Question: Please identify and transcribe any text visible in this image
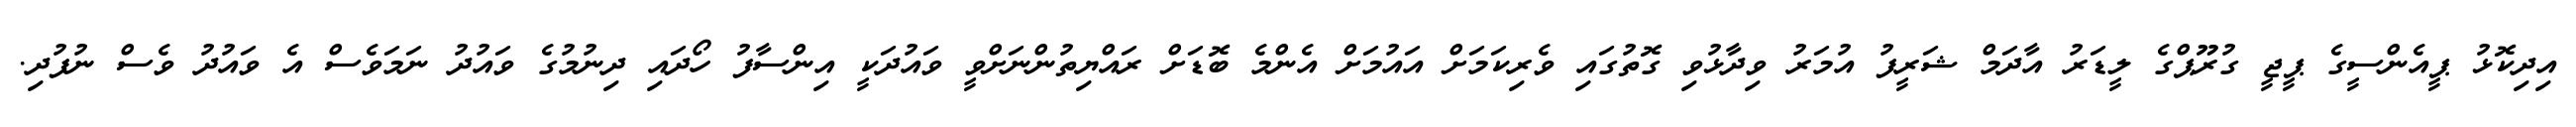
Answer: އިދިކޮޅު ޕީއެންސީގެ ޕީޖީ ގުރޫޕްގެ ލީޑަރު އާދަމް ޝަރީފު އުމަރު ވިދާޅުވި ގޮތުގައި ވެރިކަމަށް އައުމަށް އެންމެ ބޮޑަށް ރައްޔިތުންނަށްވީ ވައުދަކީ އިންސާފު ހޯދައި ދިނުމުގެ ވައުދު ނަމަވެސް އެ ވައުދު ވެސް ނުފުދި.